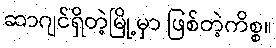
ဆာဂျင်ရှိတဲ့မြို့မှာ ဖြစ်တဲ့ကိစ္စ။